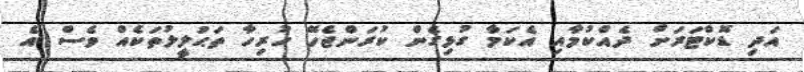
އަދި ޑޮކްޓަރަށް ދެއްކުމާއި އެކަމާ ގުޅިގެން ކުރަންޖެހޭ ހުރިހާ ތަޙުލީލުތަކެއް ވެސް އެ